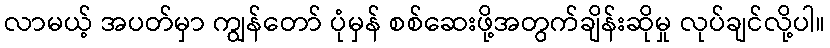
လာမယ့် အပတ်မှာ ကျွန်တော် ပုံမှန် စစ်ဆေးဖို့အတွက်ချိန်းဆိုမှု လုပ်ချင်လို့ပါ။